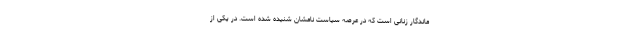
ماندگار زنانی است که در عرصه سیاست نامشان شنیده شده است. در یکی از